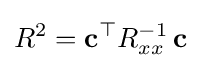
R^{2}=\mathbf {c} ^{\top }R_{xx}^{-1}\,\mathbf {c}